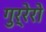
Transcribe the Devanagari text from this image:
गुर्रेरो